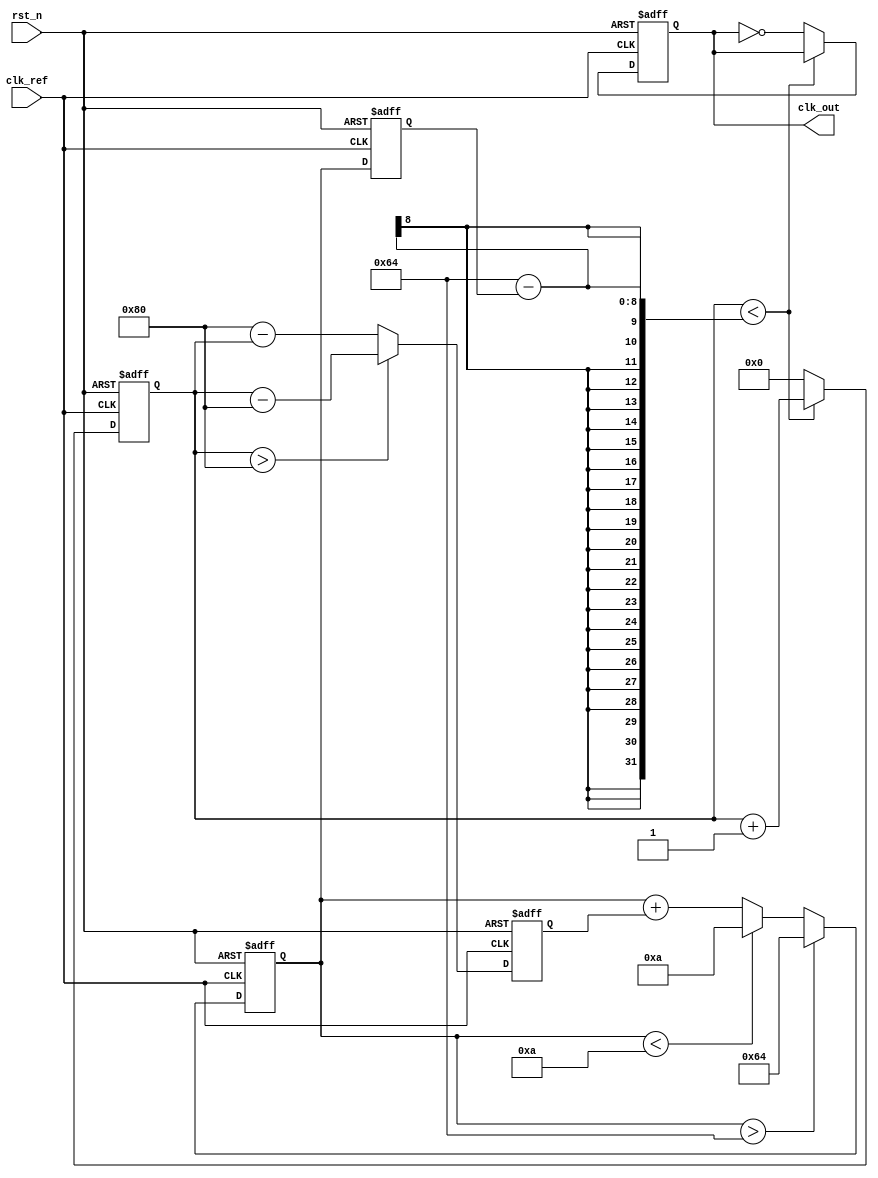
module type2_PLL (
    input wire clk_ref,          // Reference clock input
    input wire rst_n,           // Active low reset
    output reg clk_out          // Output clock
);

// Parameters
parameter integer VCO_MAX_FREQ = 100; // Maximum VCO frequency
parameter integer VCO_MIN_FREQ = 10;   // Minimum VCO frequency
parameter integer PHASE_ERROR_MAX = 10; // Maximum phase error for control

// Internal signals
reg [7:0] phase_error;          // Phase error signal
reg [7:0] control_voltage;       // Control voltage for VCO
reg [7:0] vco_freq;              // Current frequency of VCO
reg [7:0] vco_counter;           // VCO counter for generating output clock

// Phase Detector
always @(posedge clk_ref or negedge rst_n) begin
    if (!rst_n) begin
        phase_error <= 0;
    end else begin
        // Simple phase error calculation (for demonstration)
        // In a real design, this would involve more complex logic
        phase_error <= (vco_counter > 128) ? (vco_counter - 128) : (128 - vco_counter);
    end
end

// Loop Filter (Integrator + Proportional)
always @(posedge clk_ref or negedge rst_n) begin
    if (!rst_n) begin
        control_voltage <= 0;
    end else begin
        // Integrate phase error
        control_voltage <= control_voltage + phase_error;
        // Limit control voltage to VCO range
        if (control_voltage > VCO_MAX_FREQ) begin
            control_voltage <= VCO_MAX_FREQ;
        end else if (control_voltage < VCO_MIN_FREQ) begin
            control_voltage <= VCO_MIN_FREQ;
        end
    end
end

// Voltage-Controlled Oscillator (VCO)
always @(posedge clk_ref or negedge rst_n) begin
    if (!rst_n) begin
        vco_freq <= VCO_MIN_FREQ;
        vco_counter <= 0;
        clk_out <= 0;
    end else begin
        // Adjust VCO frequency based on control voltage
        vco_freq <= control_voltage;
        
        // Generate output clock based on VCO frequency
        if (vco_counter < (100 - vco_freq)) begin
            vco_counter <= vco_counter + 1;
        end else begin
            clk_out <= ~clk_out; // Toggle output clock
            vco_counter <= 0;     // Reset counter
        end
    end
end

endmodule